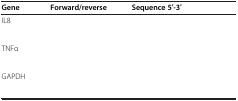
<table><thead><tr><td><b>Gene</b></td><td><b>Forward/reverse</b></td><td><b>Sequence 5′-3′</b></td></tr></thead><tbody><tr><td>IL8</td><td>[EMPTY_CELL]</td><td>[EMPTY_CELL]</td></tr><tr><td>[EMPTY_CELL]</td><td>[EMPTY_CELL]</td><td>[EMPTY_CELL]</td></tr><tr><td>TNFα</td><td>[EMPTY_CELL]</td><td>[EMPTY_CELL]</td></tr><tr><td>[EMPTY_CELL]</td><td>[EMPTY_CELL]</td><td>[EMPTY_CELL]</td></tr><tr><td>GAPDH</td><td>[EMPTY_CELL]</td><td>[EMPTY_CELL]</td></tr><tr><td>[EMPTY_CELL]</td><td>[EMPTY_CELL]</td><td>[EMPTY_CELL]</td></tr></tbody></table>